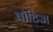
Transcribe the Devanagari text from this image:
वॉटिज